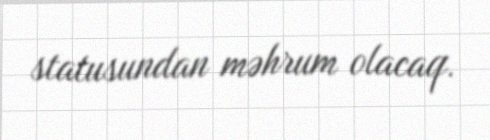
statusundan məhrum olacaq.